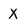
Character: X